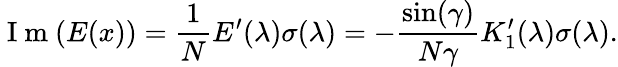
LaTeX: \mathrm{~I~m~}(E(x))=\frac{1}{N}E^{\prime}(\lambda)\sigma(\lambda)=-\frac{\sin(\gamma)}{N\gamma}K_{1}^{\prime}(\lambda)\sigma(\lambda).